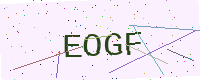
Text: EOGF